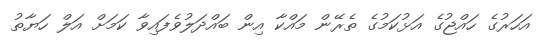
އަހަރުގެ ހައްޖުގެ އަޅުކަމުގެ ތެރޭން މައްކާ އިން ބައްދަލުވެފައިވާ ކަމަށް އަލް ހަޔާތު